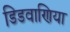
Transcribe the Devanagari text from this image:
डिडवाणिया